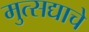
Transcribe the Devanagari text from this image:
मुत्सद्याचे